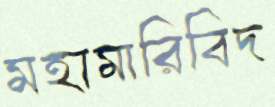
মহামারিবিদ